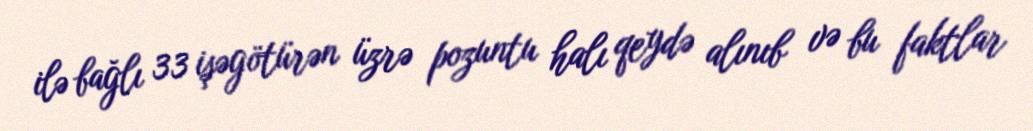
ilə bağlı 33 işəgötürən üzrə pozuntu halı qeydə alınıb və bu faktlar